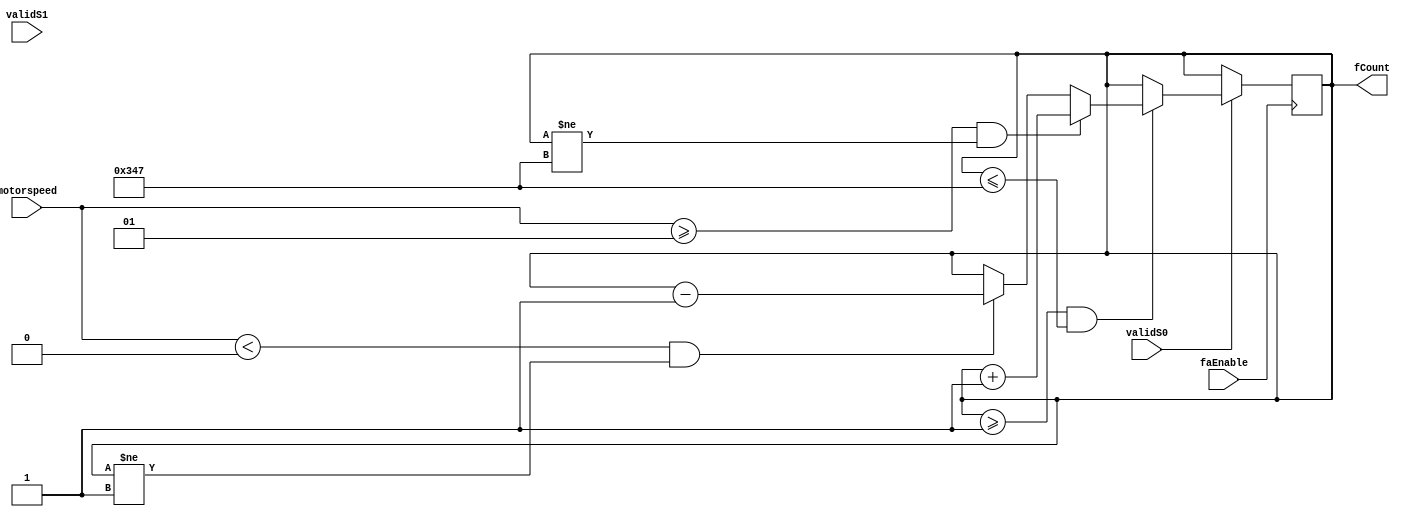
module fCounter(validS0, validS1, motorspeed, faEnable, fCount);

input faEnable, validS0, validS1;
input signed [7:0] motorspeed;
output reg [15:0] fCount;

//Need to make to make boundary controls for this go from 1- 655. Debug counting logic.
initial
	begin
		fCount = 16'b0000000110100011;		// (20000+20)/2 <- new values
	end


/** this logic depends on whether or not verilog can compare different # bit values 
		8 bit vs 15 bit   */		
// imnplement boundary control (20 Hz - 20 KHz) : (1 - 655)
always @ (posedge faEnable) //This clock may need to be slowed to allow for accurate changes in frequency
	begin				
		if (validS0)
			begin
				if (fCount >= 16'b0000000000000001 && fCount <= 16'b0000001101000111)
				//	 if	  fCount > 1				and      fCount < 655
					begin
						if (motorspeed >= 8'sb00000001 && fCount != 16'b0000001101000111)       // if motorspeed is positive
							begin
								fCount = fCount + 16'b0000000000000001;			// add 1 to fCount
							end
						else if (motorspeed < 8'sb00000000 && fCount != 16'b0000000000000001)	// if motorspeed is negative
							begin
								fCount = fCount - 16'b0000000000000001;			// subtract 1 fromffCount
							end
					end
			end
	end

	
endmodule